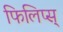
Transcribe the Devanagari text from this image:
फिलिप्स्